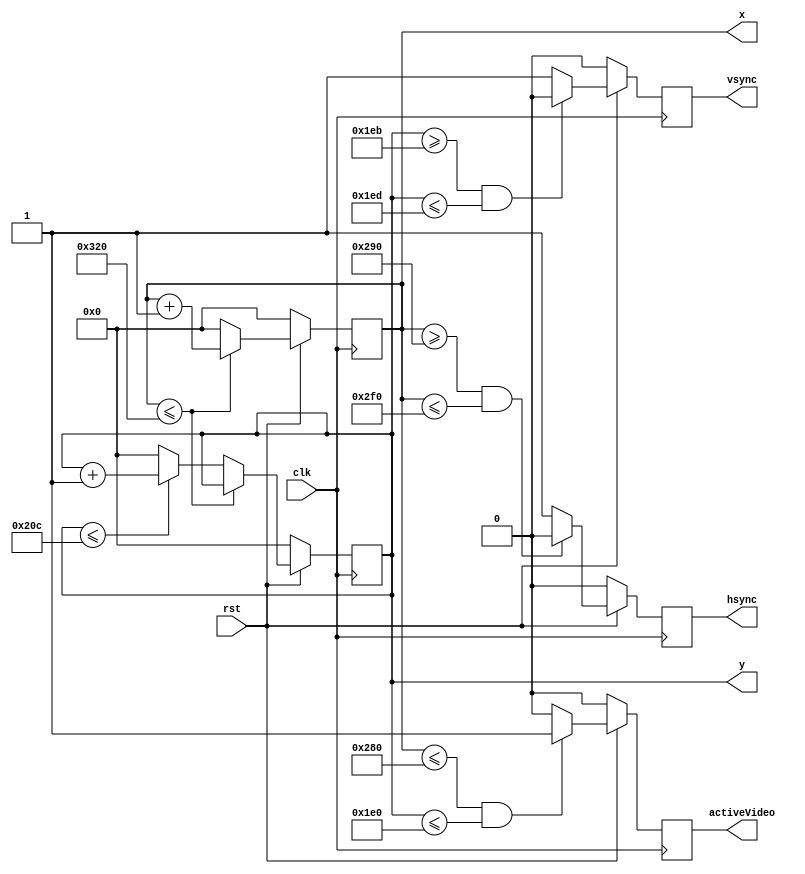
module syncGen(clk, rst, hsync, vsync, x, y, activeVideo);
	input clk;
	input rst;
	output reg hsync;
	output reg vsync;
	output reg [9:0] x; //10 bits para representar 800 = 640 + 16 + 96 + 48
	output reg [9:0] y; //10 bits para representar 524 = 480 + 11 + 2 + 31
	output reg activeVideo;
	
	localparam H_ACTIVE_VIDEO = 640;
	localparam H_FRONT_PORCH = 16;
	localparam H_SYNC_PULSE = 96;
	localparam H_BACK_PORCH = 48;
	localparam H_TOTAL = H_ACTIVE_VIDEO + H_FRONT_PORCH + H_SYNC_PULSE + H_BACK_PORCH;
	
	localparam V_ACTIVE_VIDEO = 480;
	localparam V_FRONT_PORCH = 11;
	localparam V_SYNC_PULSE = 2;
	localparam V_BACK_PORCH = 31;
	localparam V_TOTAL = V_ACTIVE_VIDEO + V_FRONT_PORCH + V_SYNC_PULSE + V_BACK_PORCH;
	
	//varredura de tela (horizontal e vertical)
	always @ (posedge clk) begin
		if(!rst) begin
			x <= 10'd0;
			y <= 10'd0;
		end
		
		else begin
			if(x <= H_TOTAL) begin
				x <= x + 10'd1;
			end
			else begin
				x <= 10'd0;			
				if(y <= V_TOTAL) begin
					y <= y + 10'd1;
				end
				else begin
					y <= 10'd0;
				end	
			end
		end	
	end
	
	//gerao do hsync e vsync
	always @ (posedge clk) begin
		if(!rst) begin
			hsync <= 1'b0;
			vsync <= 1'b0;
		end
		
		else begin
			if( (x >= (H_ACTIVE_VIDEO + H_FRONT_PORCH)) && (x <= (H_ACTIVE_VIDEO + H_FRONT_PORCH + H_SYNC_PULSE)) ) begin
				hsync <= 1'b0;
			end
			else begin
				hsync <= 1'b1;
			end
			
			if( (y >= (V_ACTIVE_VIDEO + V_FRONT_PORCH)) && (y <= (V_ACTIVE_VIDEO + V_FRONT_PORCH + V_SYNC_PULSE)) ) begin
				vsync <= 1'b0;
			end
			else begin
				vsync <= 1'b1;
			end
		end
	
	end
	
	//gera pulso de activeVideo, diz se pode escrever na tela
	always @ (posedge clk) begin
		if(!rst) begin
			activeVideo <= 1'b0;
		end
		else begin
			if(x <= H_ACTIVE_VIDEO && y <= V_ACTIVE_VIDEO) begin
				activeVideo <= 1'b1;
			end
			else begin
				activeVideo <= 1'b0;
			end
			
		end
	end
	
endmodule